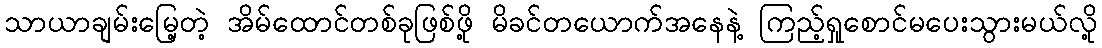
သာယာချမ်းမြေ့တဲ့ အိမ်ထောင်တစ်ခုဖြစ်ဖို့ မိခင်တယောက်အနေနဲ့ ကြည့်ရှုစောင်မပေးသွားမယ်လို့